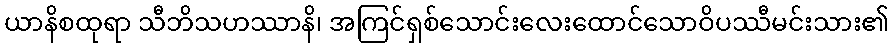
ယာနိစထုရာ သီဘိသဟဿာနိ၊ အကြင်ရှစ်သောင်းလေးထောင်သောဝိပဿီမင်းသား၏